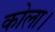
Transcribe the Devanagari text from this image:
कोला।